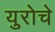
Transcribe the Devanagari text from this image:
युरोचे